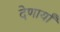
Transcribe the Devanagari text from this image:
देणार्यां